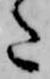
た